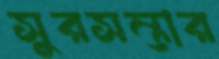
সুরসম্ভার